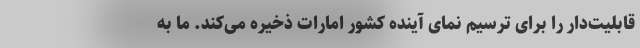
قابلیت‌دار را برای ترسیم نمای آینده کشور امارات ذخیره می‌کند. ما به